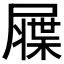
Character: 𡳙